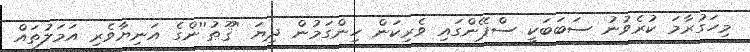
މިހަގުރާމަ ކުރެވުނު ސަބަބަކީ ސްޕޭންގައި ވެރިކަން ހިންގަމުން ދިޔަ ''ޤޫޠު''ންގެ އަނިޔާވެރި އަމަލުތައް